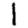
Digit: 1